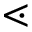
\lessdot